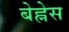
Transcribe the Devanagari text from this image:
बेह्नेस